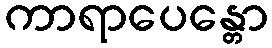
ကာရာပေန္တော